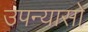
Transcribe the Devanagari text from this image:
उपन्यासो